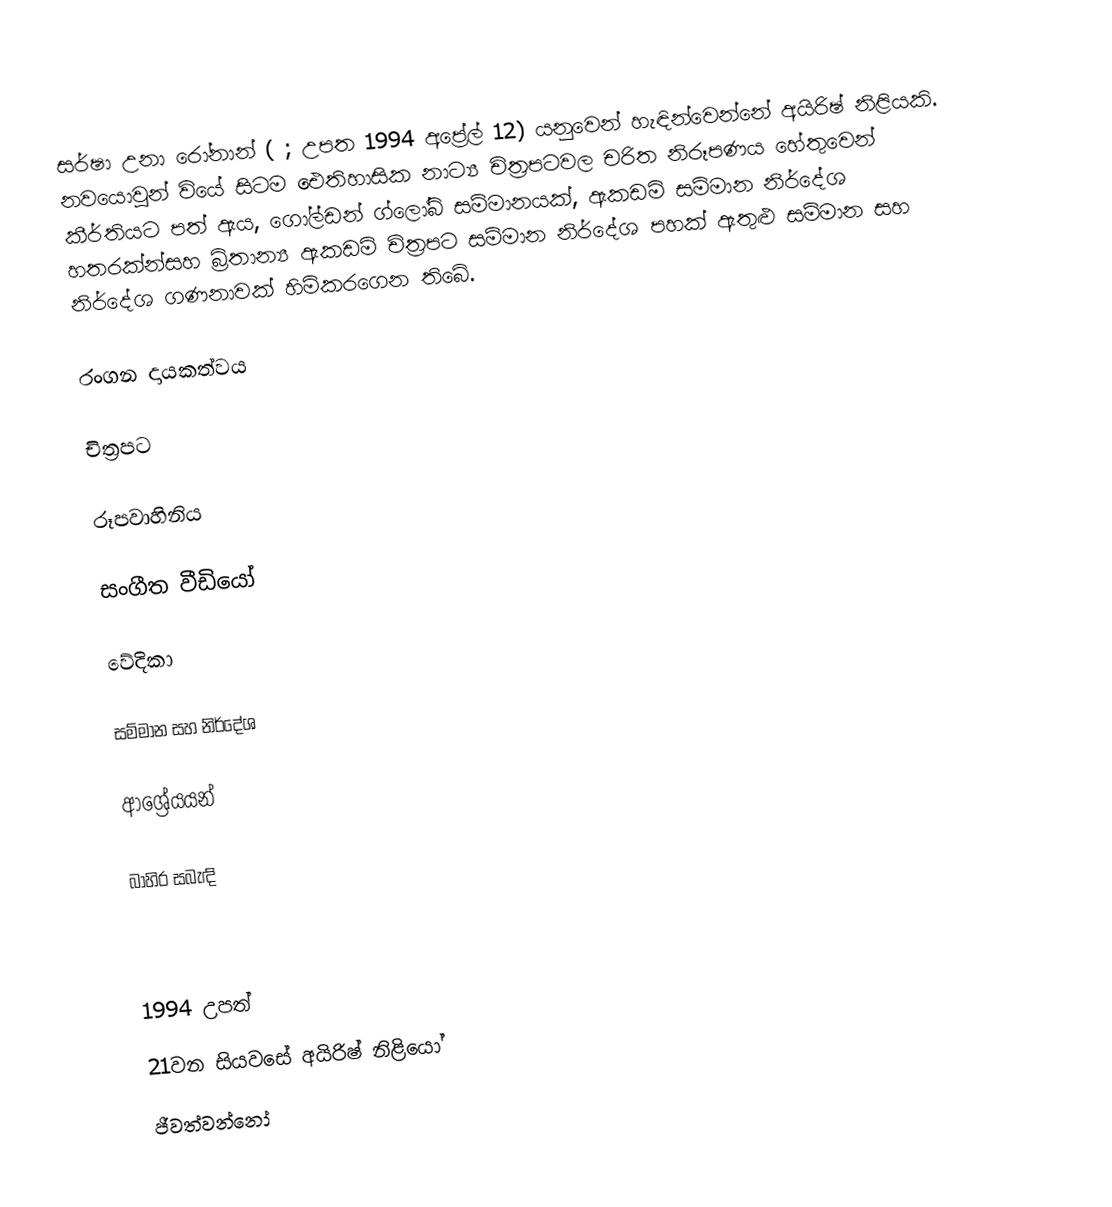
සර්ෂා උනා රෝනාන් ( ; උපත 1994 අප්‍රේල් 12) යනුවෙන් හැඳින්වෙන්නේ අයිරිෂ් නිළියකි. නවයොවුන් වියේ සිටම ඓතිහාසික නාට්‍ය චිත්‍රපටවල චරිත නිරූපණය හේතුවෙන් කීර්තියට පත් ඇය, ගෝල්ඩන් ග්ලෝබ් සම්මානයක්, ඇකඩමි සම්මාන නිර්දේශ හතරක්න්සහ බ්‍රිතාන්‍ය ඇකඩමි චිත්‍රපට සම්මාන නිර්දේශ පහක් ඇතුළු සම්මාන සහ නිර්දේශ ගණනාවක් හිමිකරගෙන තිබේ.

රංගන දායකත්වය

චිත්‍රපට

රූපවාහිනිය

සංගීත වීඩියෝ

වේදිකා

සම්මාන සහ නිර්දේශ

ආශ්‍රේයයන්

බාහිර සබැඳි

1994 උපත්
21වන සියවසේ අයිරිෂ් නිළියෝ
ජීවත්වන්නෝ